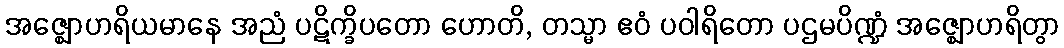
အဇ္ဈောဟရိယမာနေ အညံ ပဋိက္ခိပတော ဟောတိ, တသ္မာ ဧဝံ ပဝါရိတော ပဌမပိဏ္ဍံ အဇ္ဈောဟရိတွာ